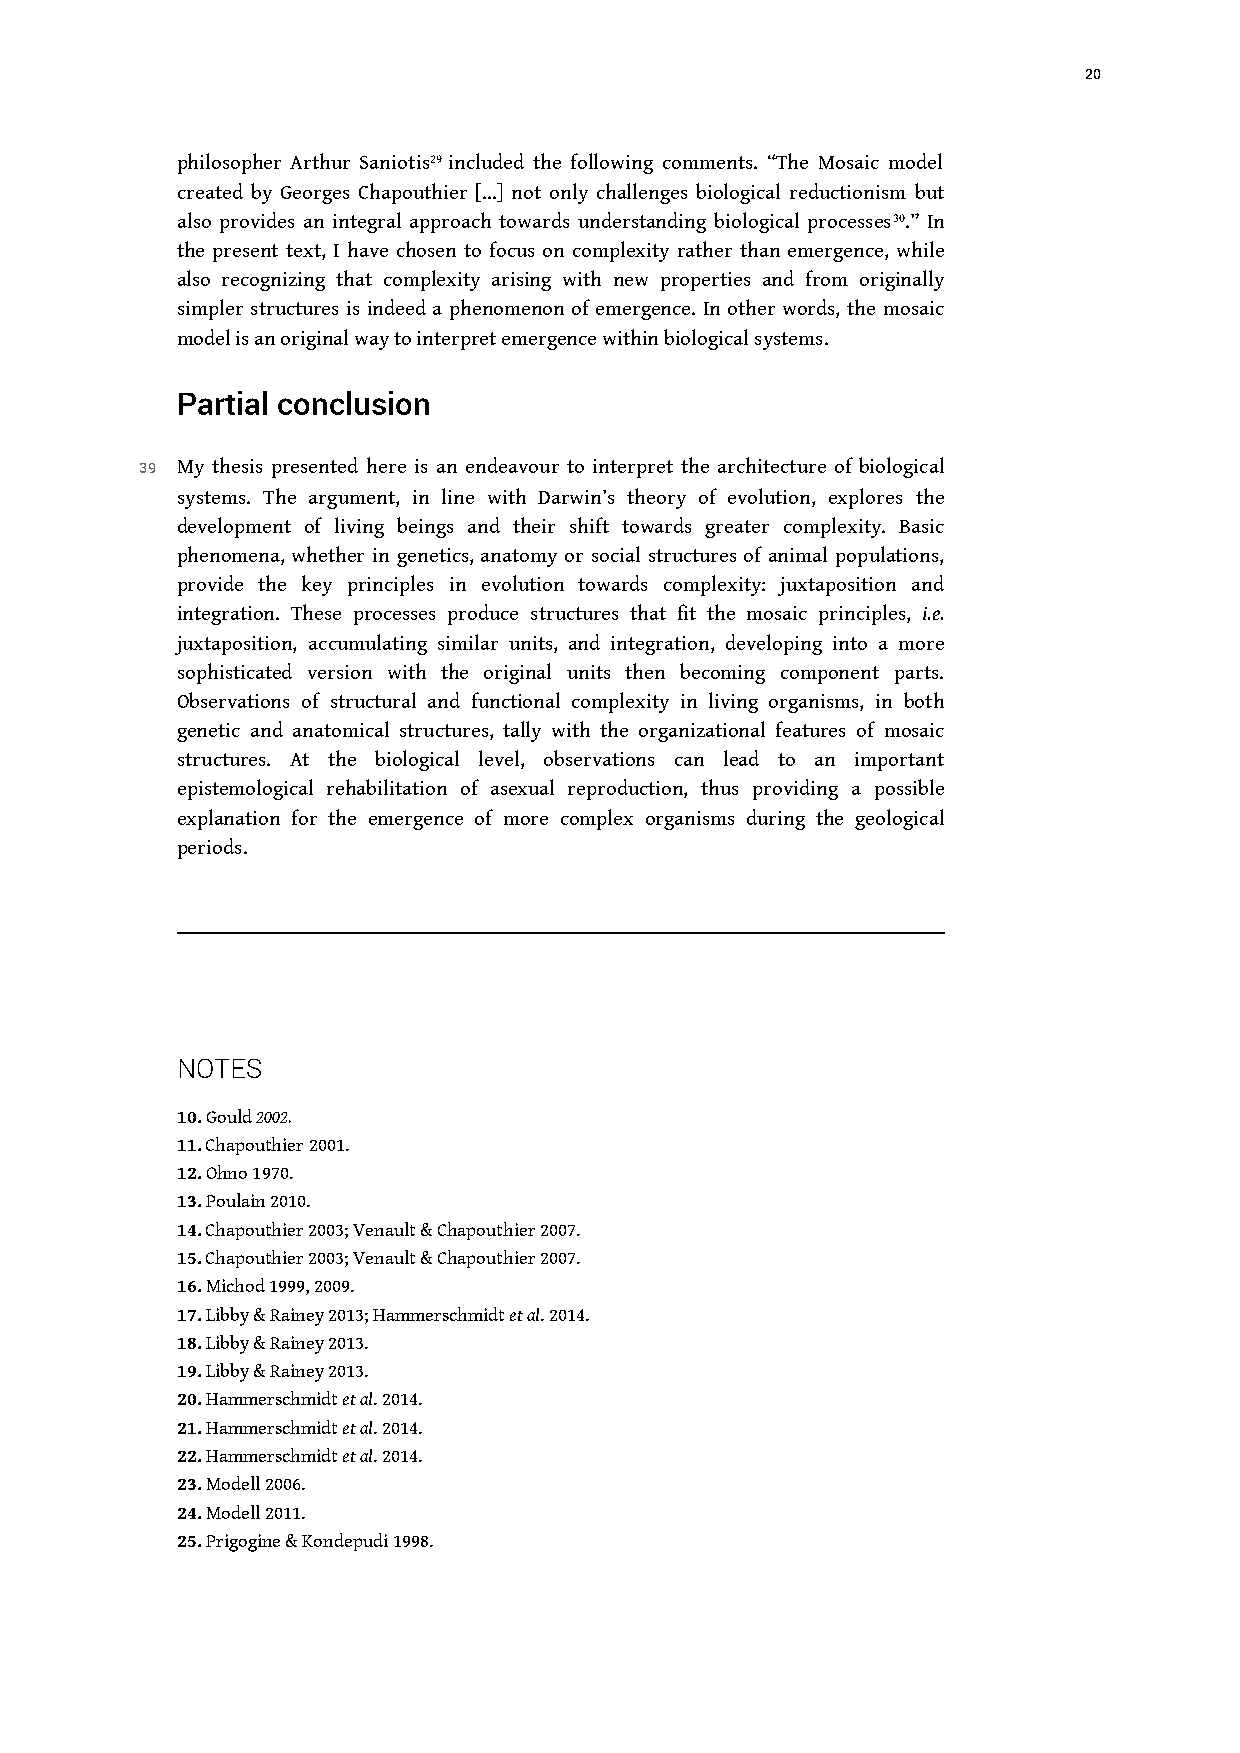
20
 philosopher Arthur Saniotis29 included the following comments. “The Mosaic model
 created by Georges Chapouthier […] not only challenges biological reductionism but
 also provides an integral approach towards understanding biological processes30.” In
 the present text, I have chosen to focus on complexity rather than emergence, while
 also recognizing that complexity arising with new properties and from originally
 simpler structures is indeed a phenomenon of emergence. In other words, the mosaic
 model is an original way to interpret emergence within biological systems.
 Partial conclusion
 39 My thesis presented here is an endeavour to interpret the architecture of biological
 systems. The argument, in line with Darwin’s theory of evolution, explores the
 development of living beings and their shift towards greater complexity. Basic
 phenomena, whether in genetics, anatomy or social structures of animal populations,
 provide the key principles in evolution towards complexity: juxtaposition and
 integration. These processes produce structures that fit the mosaic principles, i.e.
 juxtaposition, accumulating similar units, and integration, developing into a more
 sophisticated version with the original units then becoming component parts.
 Observations of structural and functional complexity in living organisms, in both
 genetic and anatomical structures, tally with the organizational features of mosaic
 structures. At the biological level, observations can lead to an important
 epistemological rehabilitation of asexual reproduction, thus providing a possible
 explanation for the emergence of more complex organisms during the geological
 periods.
 NOTES
 10. Gould 2002.
 11. Chapouthier 2001.
 12. Ohno 1970.
 13. Poulain 2010.
 14. Chapouthier 2003; Venault & Chapouthier 2007.
 15. Chapouthier 2003; Venault & Chapouthier 2007.
 16. Michod 1999, 2009.
 17. Libby & Rainey 2013; Hammerschmidt et al. 2014.
 18. Libby & Rainey 2013.
 19. Libby & Rainey 2013.
 20. Hammerschmidt et al. 2014.
 21. Hammerschmidt et al. 2014.
 22. Hammerschmidt et al. 2014.
 23. Modell 2006.
 24. Modell 2011.
 25. Prigogine & Kondepudi 1998.